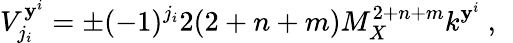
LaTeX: V_{j_{i}}^{\mathbf{y}^{i}}=\pm(-1)^{j_{i}}2(2+n+m)M_{X}^{2+n+m}k^{\mathbf{y}^{i}}~,~\,